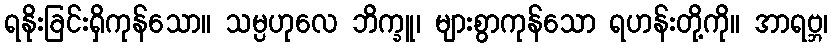
ရနိုးခြင်းရှိကုန်သော။ သမ္ပဟုလေ ဘိက္ခူ၊ များစွာကုန်သော ရဟန်းတို့ကို။ အာရဗ္ဘ၊